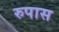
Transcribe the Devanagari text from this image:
रुपास